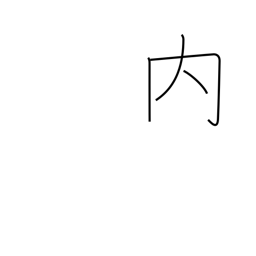
Meaning: among